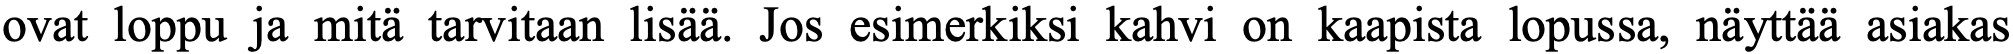
ovat loppu ja mitä tarvitaan lisää. Jos esimerkiksi kahvi on kaapista lopussa, näyttää asiakas